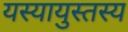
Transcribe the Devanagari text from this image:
यस्यायुस्तस्य